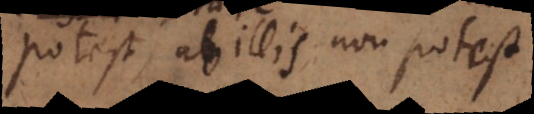
potest, ab illis non potest.